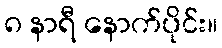
၈ နာရီ နောက်ပိုင်း။